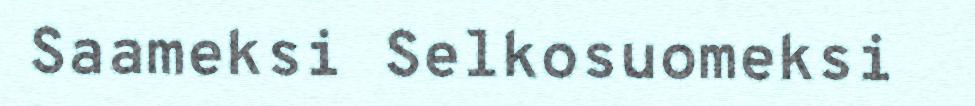
Saameksi Selkosuomeksi